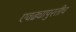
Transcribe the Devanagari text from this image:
एवढ्यापुरतीच